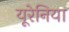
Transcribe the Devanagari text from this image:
यूरेनिया